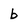
Character: b